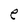
Character: e